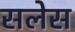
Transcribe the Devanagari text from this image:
सलेस